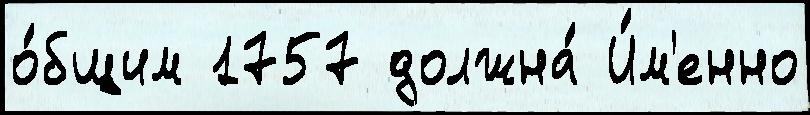
о́бщим 1757 должна́ И́м'енно